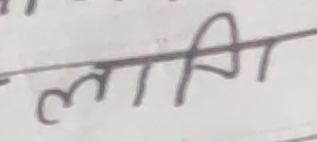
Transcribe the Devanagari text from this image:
लागी